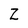
Character: Z